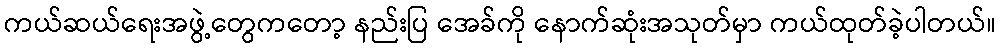
ကယ်ဆယ်ရေးအဖွဲ့တွေကတော့ နည်းပြ အေခ်ကို နောက်ဆုံးအသုတ်မှာ ကယ်ထုတ်ခဲ့ပါတယ်။